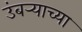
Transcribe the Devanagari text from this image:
उंबर्‍याच्या